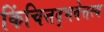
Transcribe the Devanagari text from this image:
किंचित्तद्भवेत्तस्य